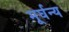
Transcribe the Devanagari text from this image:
मूर्घन्य